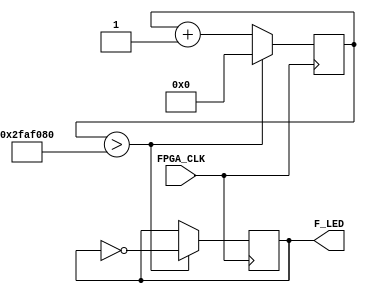
module LED_blink_simple (

    input       FPGA_CLK, 
    output[1:1] F_LED

);

reg [31:0] counter;
reg        LED_status;

initial begin
counter <= 32'b0;
LED_status <= 1'b0;
end

always @ (posedge FPGA_CLK) 
begin
counter <= counter + 1'b1;
if (counter > 50000000)
begin
LED_status <= !LED_status;
counter <= 32'b0;
end


end

assign F_LED[1] = LED_status;

endmodule